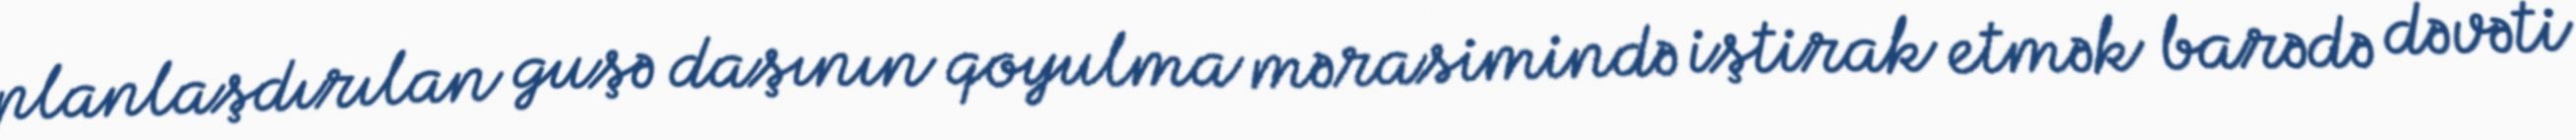
planlaşdırılan guşə daşının qoyulma mərasimində iştirak etmək barədə dəvəti